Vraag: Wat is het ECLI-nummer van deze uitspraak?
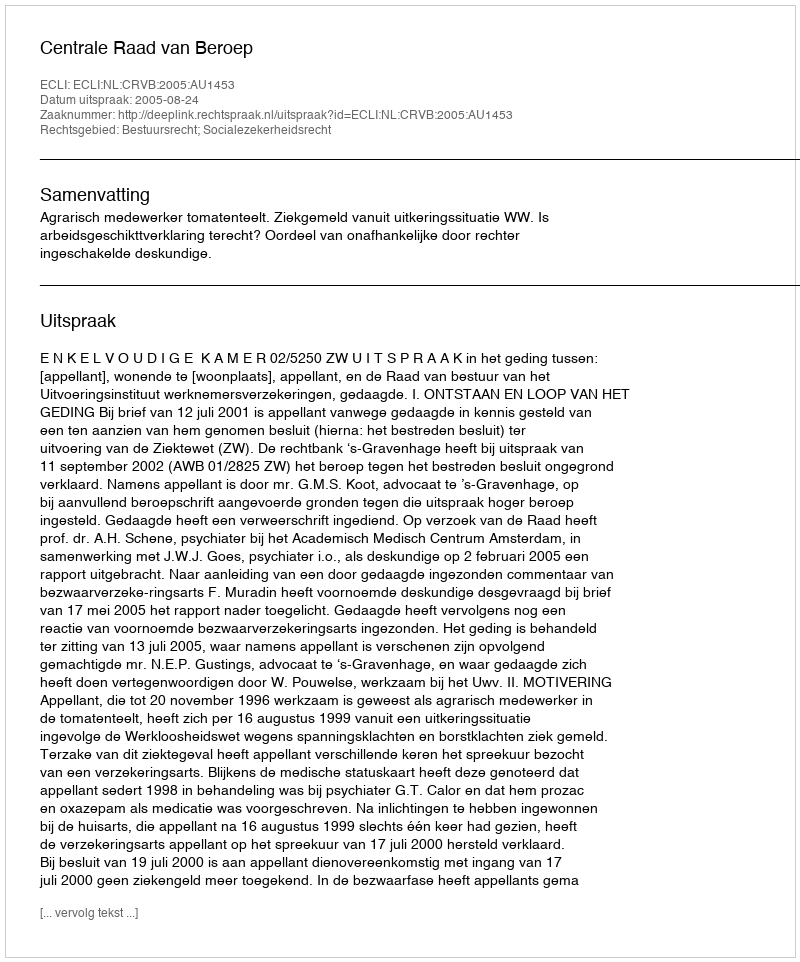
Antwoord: ECLI:NL:CRVB:2005:AU1453